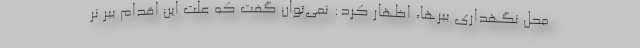
محل نگهداری ببرها، اظهار کرد: نمی‌توان گفت که علت این اقدام ببر نر